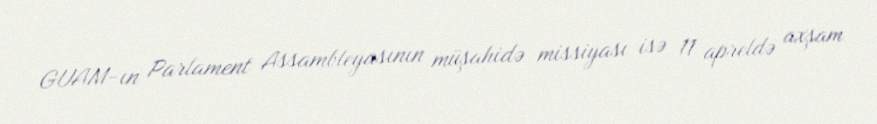
GUAM-ın Parlament Assambleyasının müşahidə missiyası isə 11 apreldə axşam